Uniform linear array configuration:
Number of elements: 8
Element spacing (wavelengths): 1
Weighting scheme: uniform
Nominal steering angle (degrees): -15
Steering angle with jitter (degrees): -15.046
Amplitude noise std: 0.05
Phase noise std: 0.05

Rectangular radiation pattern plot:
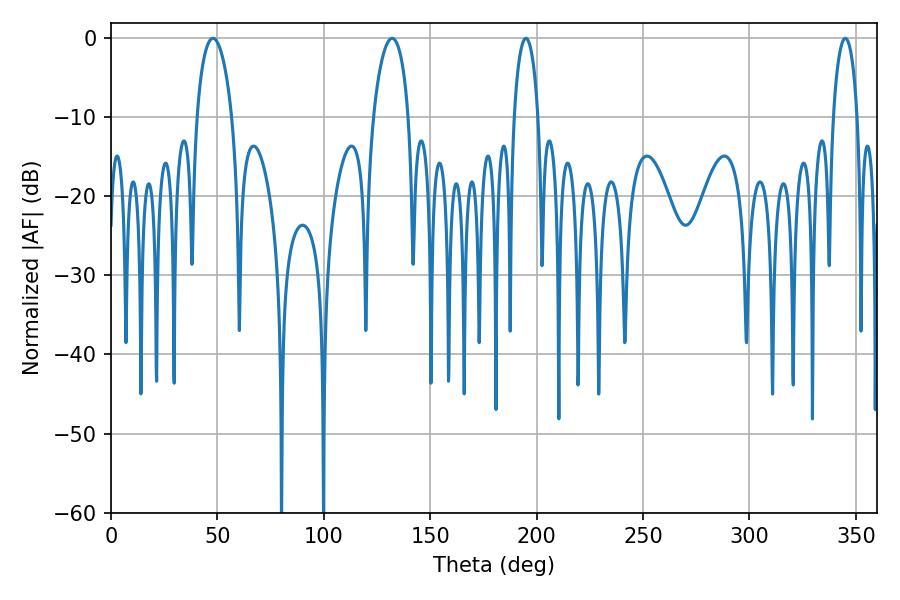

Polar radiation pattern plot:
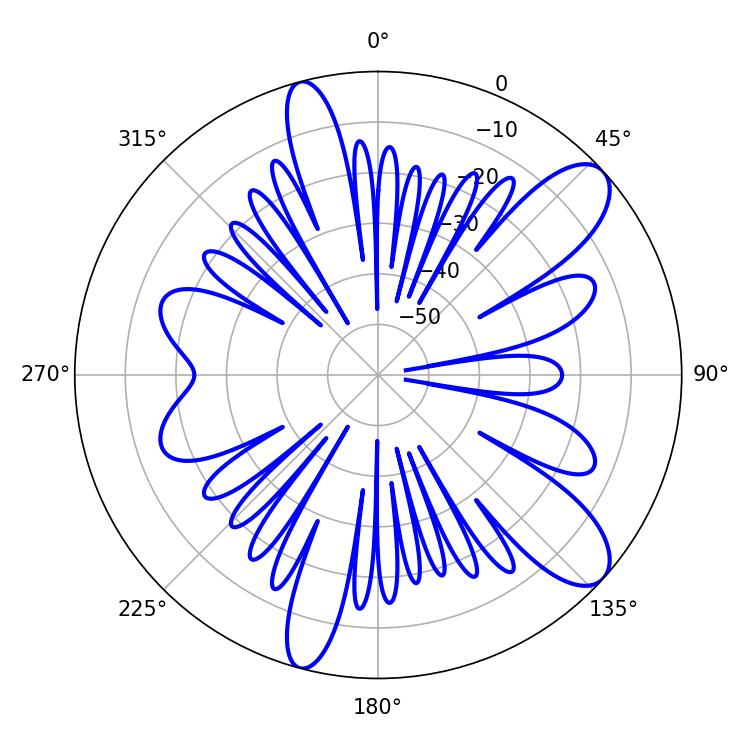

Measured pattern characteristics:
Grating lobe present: TRUE
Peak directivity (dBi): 10.228
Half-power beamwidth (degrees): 6.48
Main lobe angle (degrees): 194.94